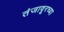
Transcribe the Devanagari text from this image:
तंजावूरच्या